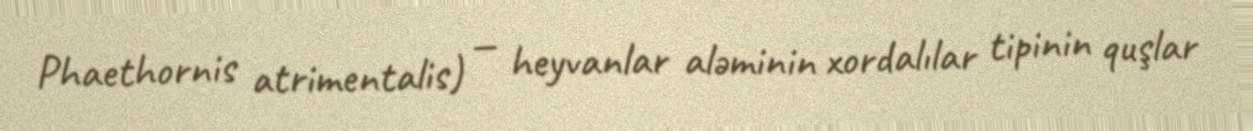
Phaethornis atrimentalis) — heyvanlar aləminin xordalılar tipinin quşlar